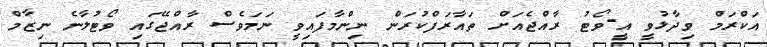
އަކްރަމް ވިދާޅުވީ އީ-ވޯޓު ރާއްޖެއަށް ތައާރަފްކުރަން ނިންމާފައިވީ ނަމަވެސް ރާއްޖޭގައި ވޯޓުލާނެ ނިޒާމް